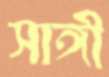
সাঙ্গী